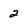
Character: 2